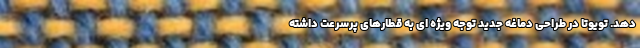
دهد. تویوتا در طراحی دماغه جدید توجه ویژه ای به قطارهای پرسرعت داشته